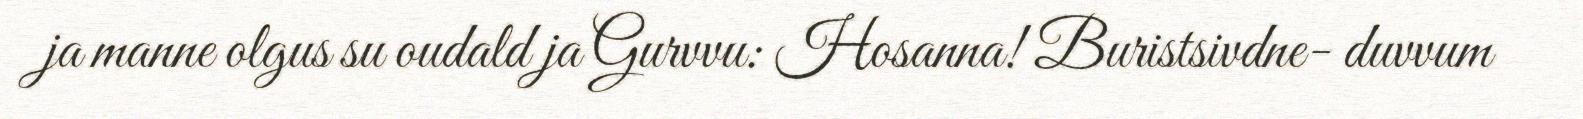
ja manne olgus su oudald ja Gurvvu: Hosanna! Buristsivdne- duvvum